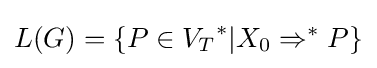
L(G)=\{P\in {V_{T}}^{*}|X_{0}\Rightarrow ^{*}P\}